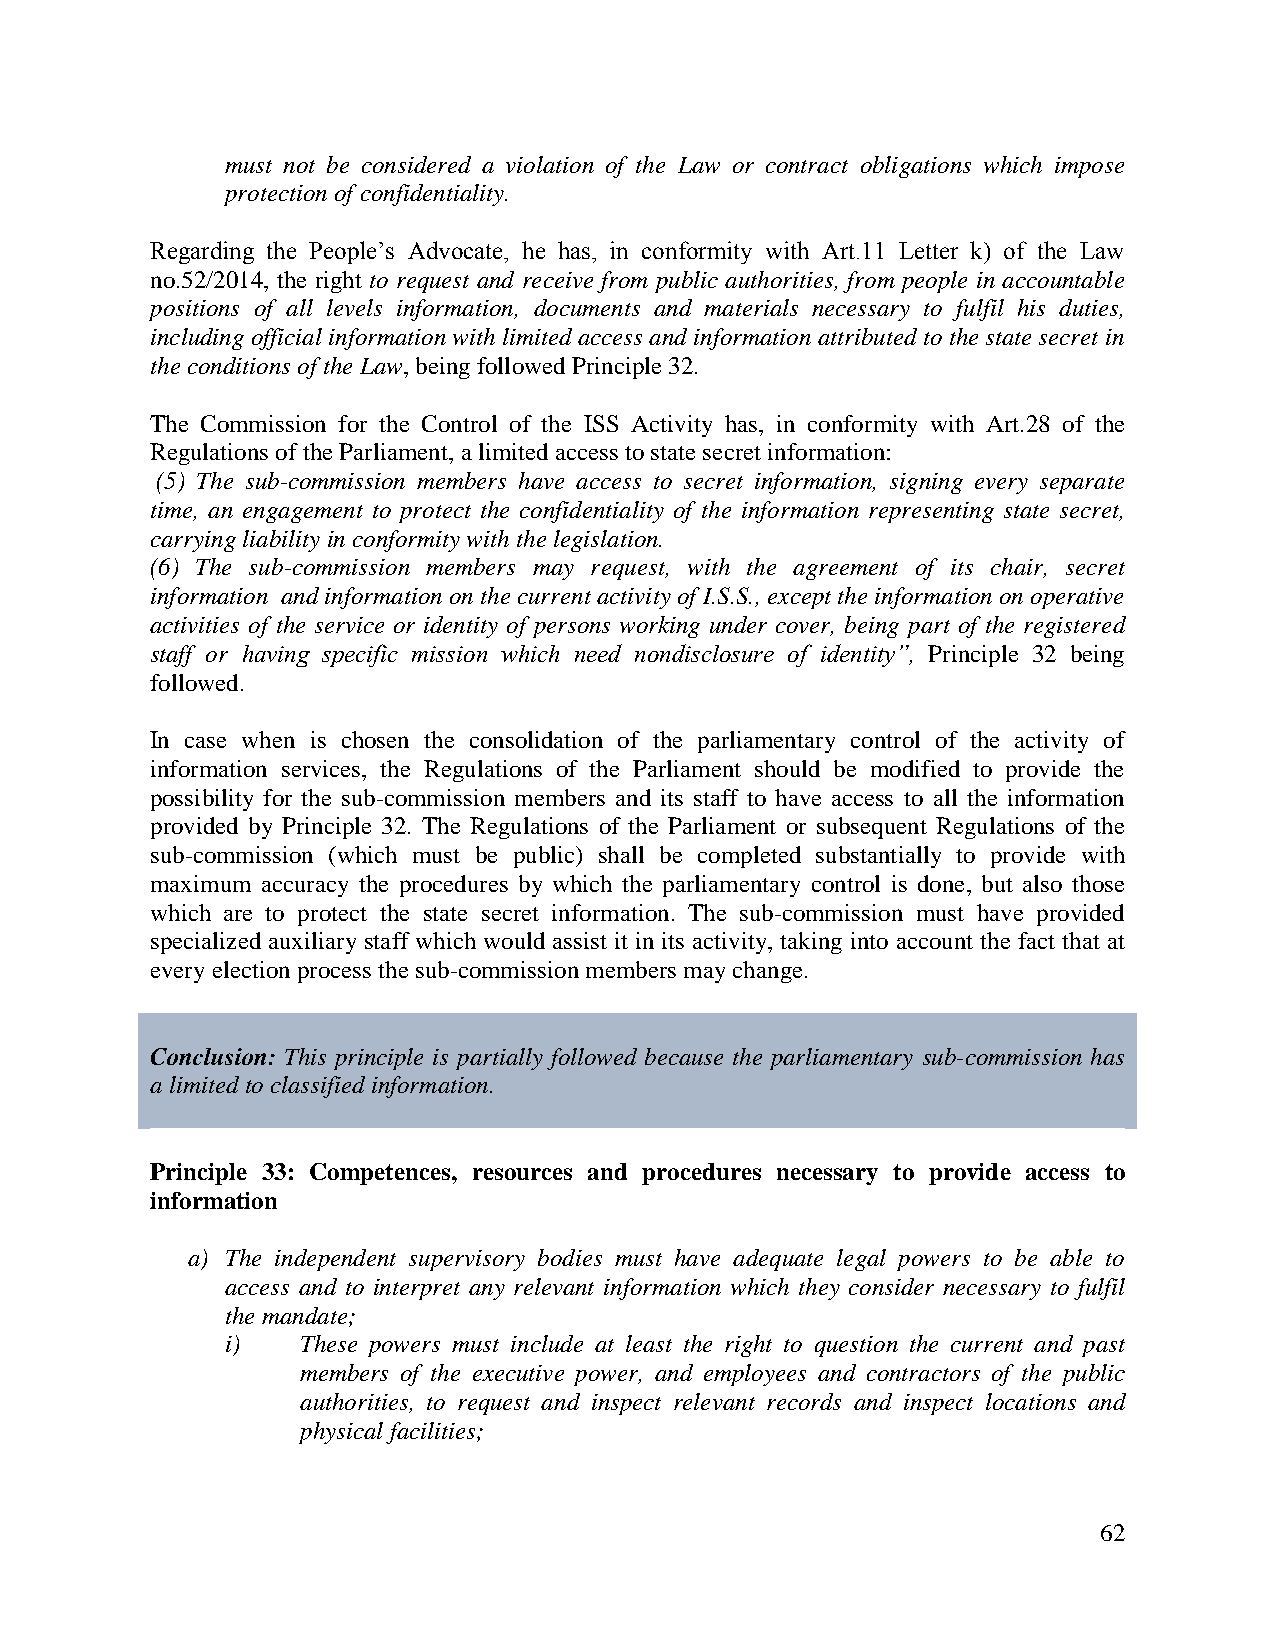
must not be considered a violation of the Law or contract obligations which impose
 protection of confidentiality.
 Regarding the People’s Advocate, he has, in conformity with Art.11 Letter k) of the Law
 no.52/2014, the right to request and receive from public authorities, from people in accountable
 positions of all levels information, documents and materials necessary to fulfil his duties,
 including official information with limited access and information attributed to the state secret in
 the conditions of the Law, being followed Principle 32.
 The Commission for the Control of the ISS Activity has, in conformity with Art.28 of the
 Regulations of the Parliament, a limited access to state secret information:
 (5) The sub-commission members have access to secret information, signing every separate
 time, an engagement to protect the confidentiality of the information representing state secret,
 carrying liability in conformity with the legislation.
 (6) The sub-commission members may request, with the agreement of its chair, secret
 information and information on the current activity of I.S.S., except the information on operative
 activities of the service or identity of persons working under cover, being part of the registered
 staff or having specific mission which need nondisclosure of identity”, Principle 32 being
 followed.
 In case when is chosen the consolidation of the parliamentary control of the activity of
 information services, the Regulations of the Parliament should be modified to provide the
 possibility for the sub-commission members and its staff to have access to all the information
 provided by Principle 32. The Regulations of the Parliament or subsequent Regulations of the
 sub-commission (which must be public) shall be completed substantially to provide with
 maximum accuracy the procedures by which the parliamentary control is done, but also those
 which are to protect the state secret information. The sub-commission must have provided
 specialized auxiliary staff which would assist it in its activity, taking into account the fact that at
 every election process the sub-commission members may change.
 Conclusion: This principle is partially followed because the parliamentary sub-commission has
 a limited to classified information.
 Principle 33: Competences, resources and procedures necessary to provide access to
 information
 a) The independent supervisory bodies must have adequate legal powers to be able to
 access and to interpret any relevant information which they consider necessary to fulfil
 the mandate;
 i)   These powers must include at least the right to question the current and past
 members of the executive power, and employees and contractors of the public
 authorities, to request and inspect relevant records and inspect locations and
 physical facilities;
 62